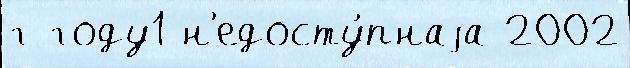
г году1 н'едосту́пнаjа 2002